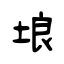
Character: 埌